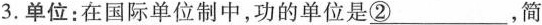
3.单位:在国际单位制中,功的单位是\underline{②}，简